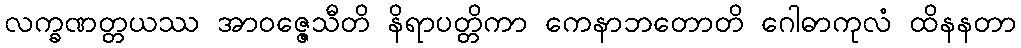
လက္ခဏတ္တယဿ အာဝဇ္ဇေသီတိ နိရာပတ္တိကာ ကေနာဘတောတိ ဂေါဓာကုလံ ထိနနတာ